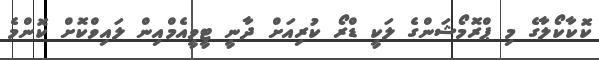
ކޮކާކޯލާގެ މި ޕްރޮމޯޝަންގެ ލަކީ ޑްރޯ ކުރިއަށް ދާނީ ޓީވީއެމްއިން ލައިވްކޮށް ކޮންމެ